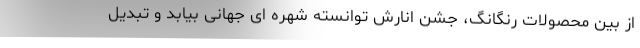
از بین محصولات رنگانگ، جشن انارش توانسته شهره ای جهانی بیابد و تبدیل